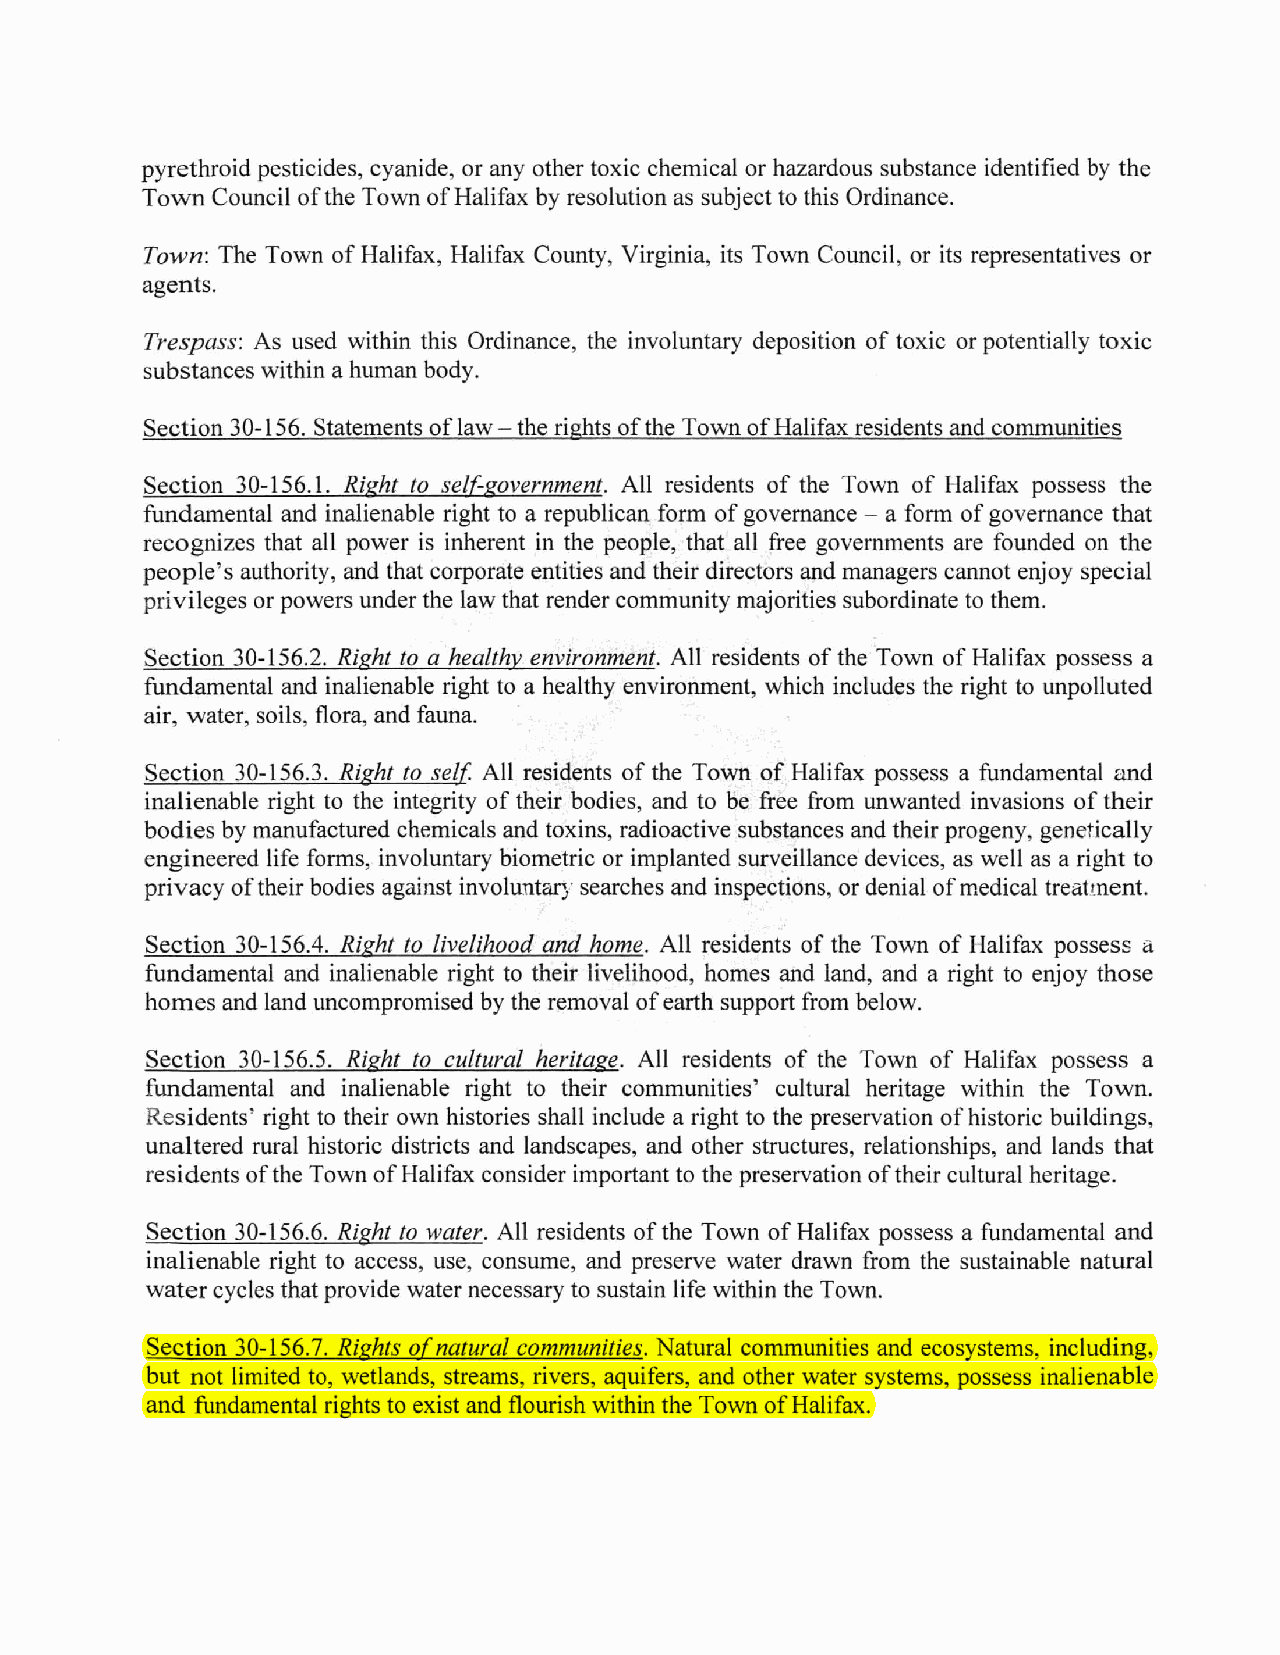
pyrethroid pesticides, cyanide, or any other toxic chemical or hazardous substance identified by the
 Town Council ofthe Town ofHalifax by resolution as subject to this Ordinance.
 Town:The Town of Halifax, Halifax County, Virginia, its Town Council, or its representatives or
 agents.
 Trespass: As used within this Ordinance, the involuntary deposition of toxic or potentially toxic
 substances within a human body.
 Section 30-156. Statements oflaw- the rights ofthe Town ofHalifax residents and communities
 Section 30-156.1. Right to self-government. All residents of the Town of Halifax possess the
 fundamental and inalienable right to a republican form ofgovernance - a form ofgovernance that
 recognizes that all power is inherent in the people, that all free governments are founded on the
 people's authority, and that corporate entities and their directors and managers cannot enjoy special
 privilegesor powers under the law that render community majorities subordinate tothem.
 Section 30-156.2. Right to a healthy environment. All residents ofthe Town of Halifax possess a
 fundamental and inalienable right to a healthy environment, which includes the right to unpolluted
 air, water,soils, flora,and fauna.
 Section 30-156.3. Right to self All residents of the Town of Halifax possess a fundamental and
 inalienable right to the integrity of their bodies, and to be free from unwanted invasions of their
 bodies by manufactured chemicals and toxins, radioactive substances and their progeny, genetically
 engineered life forms, involuntary biometric or implanted surveillance devices, as well as a right to
 privacy oftheir bodies against involuntarysearches and inspections,or denial ofmedical treatment.
 Section 30-156.4. Right to livelihood and home. All residents of the Town of Halifax possess a
 fundamental and inalienable right to their livelihood, homes and land, and a right to enjoy those
 homes and land uncompromised by the removal ofearth support from below.
 Section 30-156.5. Right to cultural heritage. All residents of the Town of Halifax possess a
 fundamental and inalienable right to their communities' cultural heritage within the Town.
 Residents' right to their own histories shall include a right to the preservation ofhistoric buildings,
 unaltered rural historic districts and landscapes, and other structures, relationships, and lands that
 residentsofthe Town ofHalifax consider important to the preservation oftheir cultural heritage.
 Section 30-156.6. Right to water. All residents ofthe Town ofHalifax possess a fundamental and
 inalienable right to access, use, consume, and preserve water drawn from the sustainable natural
 watercycles that provide water necessary to sustain life within the Town.
 Section 30-156.7. Rights ofnatural communities. Natural communities and ecosystems, including,
 but not limited to, wetlands, streams, rivers, aquifers, and other water systems, possess inalienable
 and fundamental rights to exist and flourish within the Town ofHalifax.